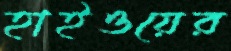
হাইওয়ের